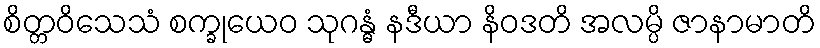
စိတ္တဝိသေသံ စက္ခုယေဝ သုဂန္ဓံ နဒီယာ နိဝဒတိ အလမ္ပိ ဇာနာမာတိ